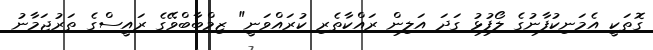
ގޮތަކީ އެމަނިކުފާނުގެ ލޯފުޅު ގަދަ އަލިން ރައްކާތެރި ކުރައްވަނީ" ޒިމްބާބްވޭގެ ރައީސްގެ ތަރުޖަމާނު